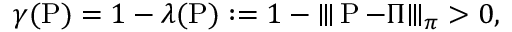
\gamma ( \operatorname { P } ) = 1 - \lambda ( \operatorname { P } ) : = 1 - \interleave \operatorname { P } - \Pi \interleave _ { \pi } > 0 ,